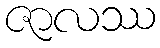
ဇာလဿ